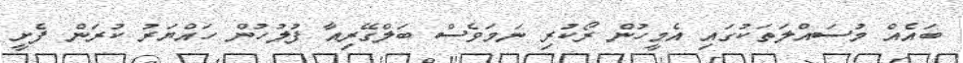
ބައެއް މުސައްލަތަކުގައި އެމީހުން ރޯކުރި ނަމަވެސް ބަލްގޭރިއާ ފުލުހުން ހައްޔަރު ކުރަން ފެށީ